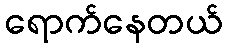
ရောက်နေတယ်